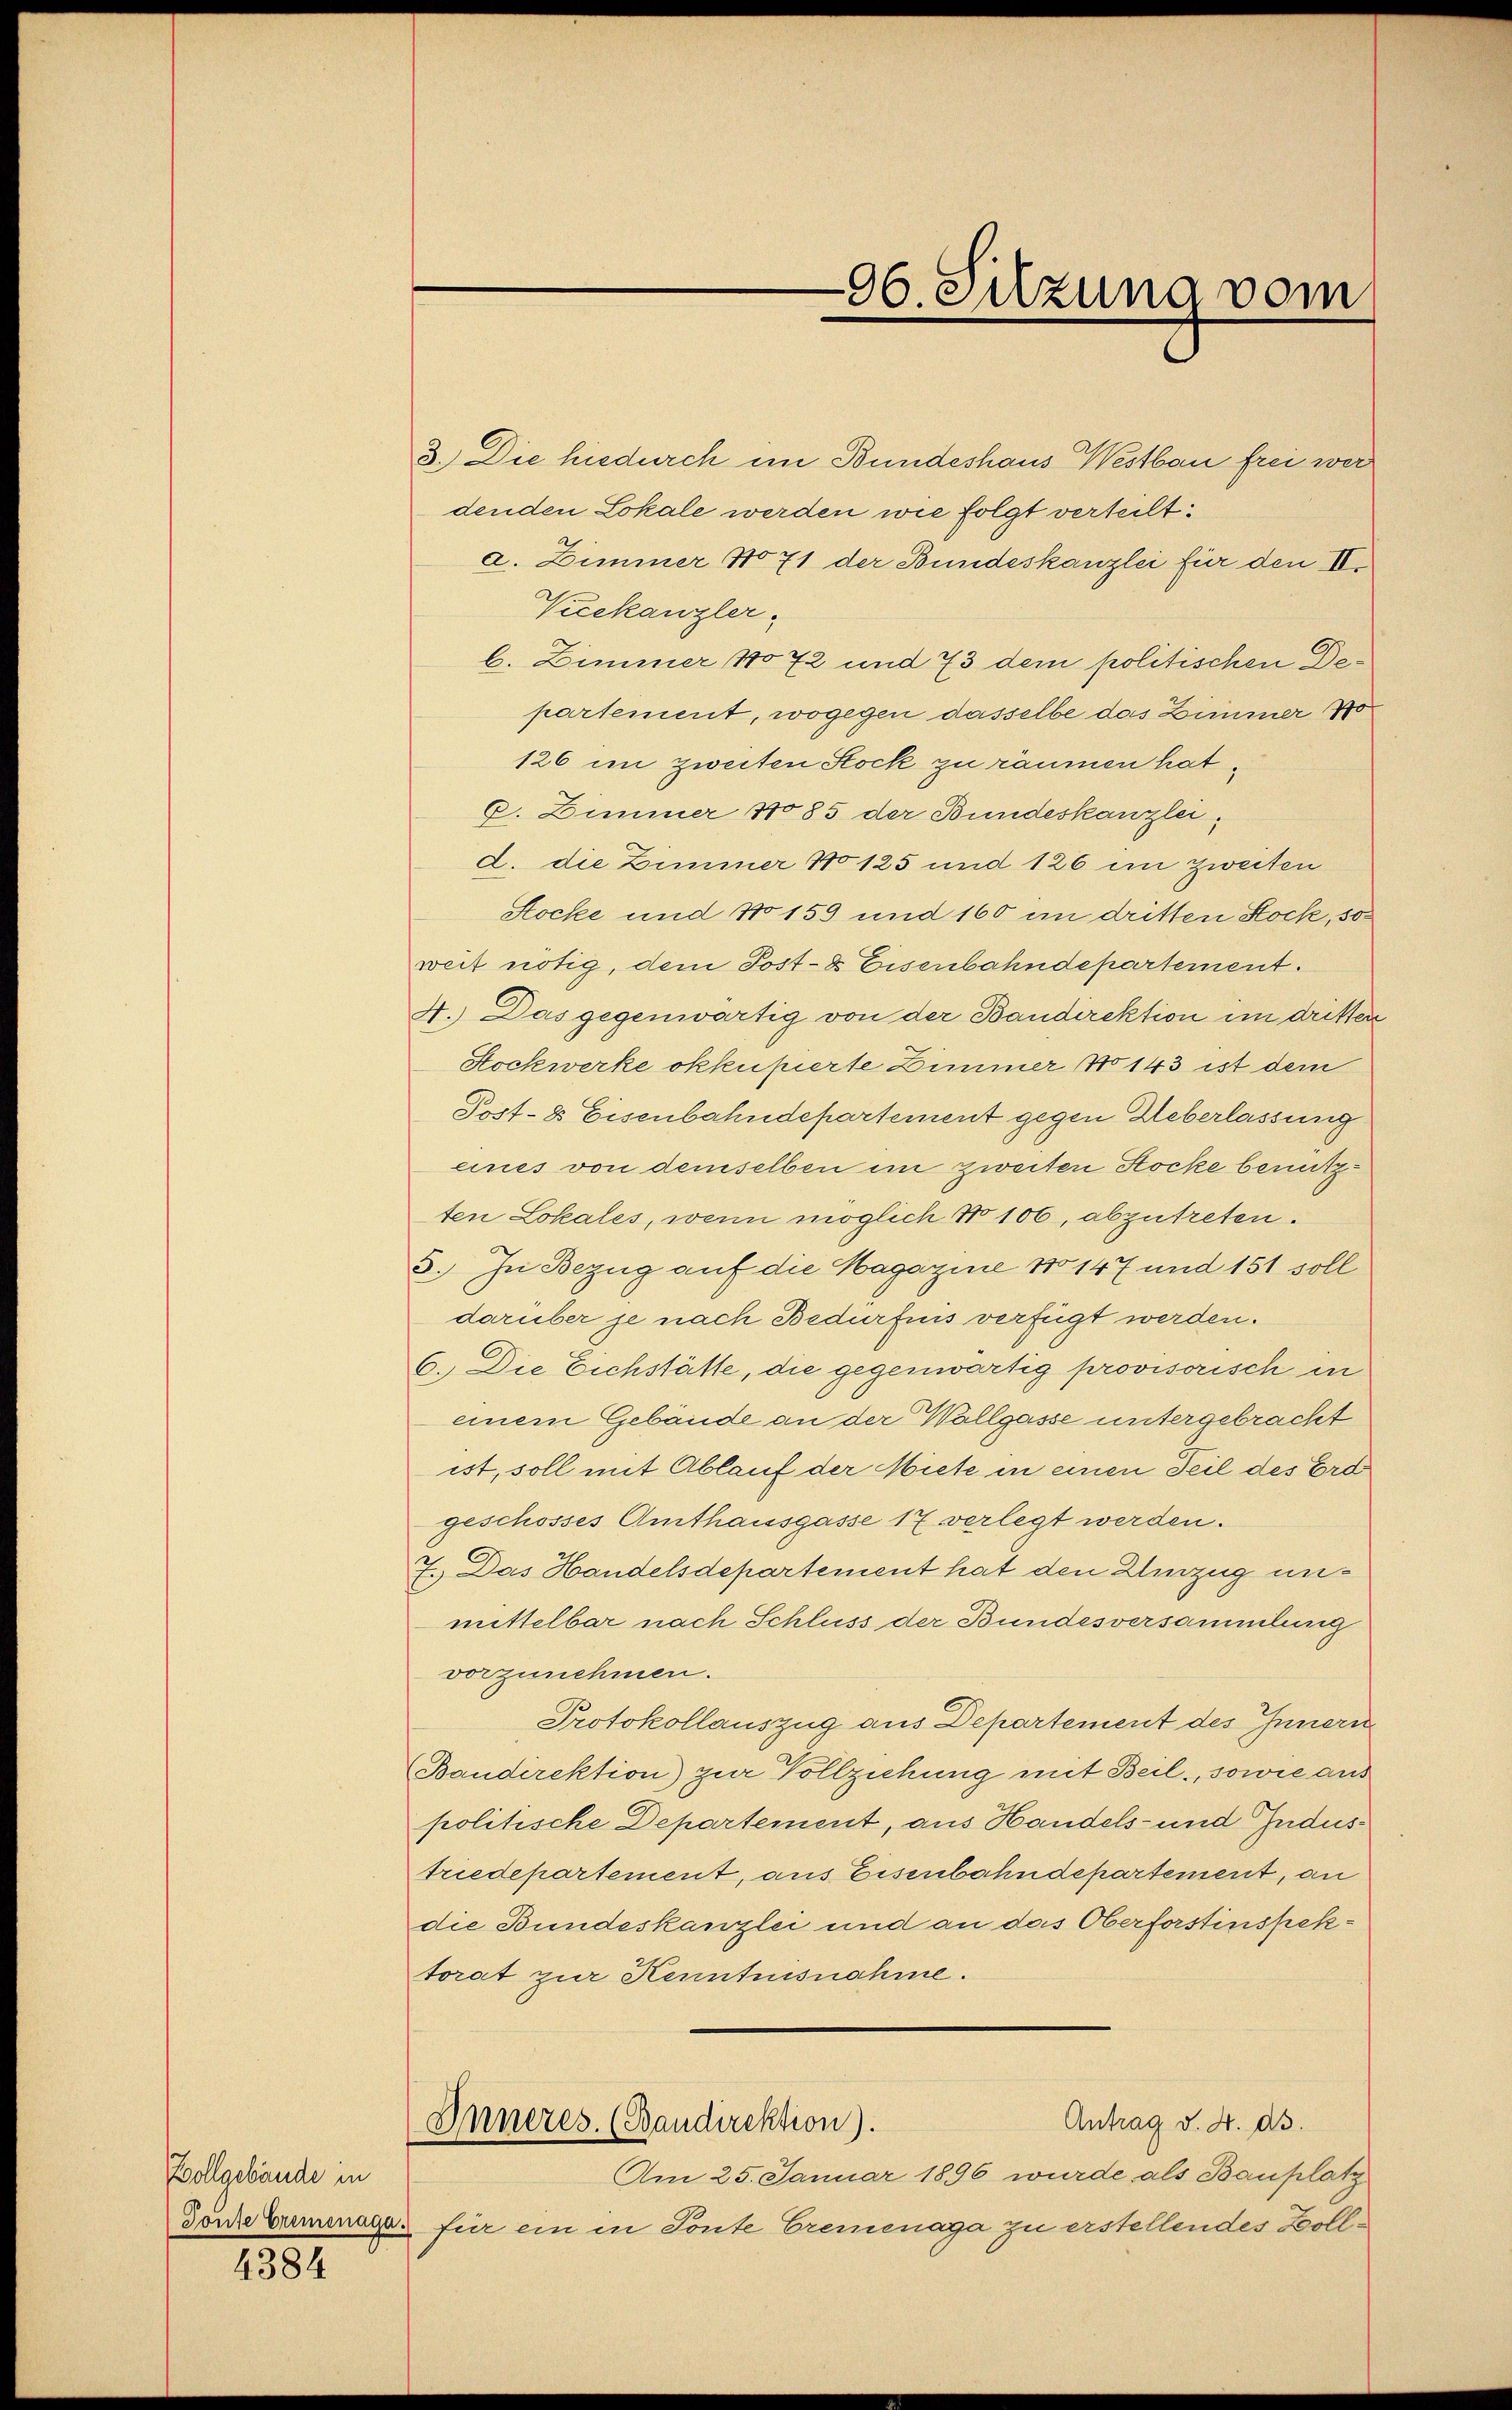
Vollgebäude in

4384

96. Sitzung vom

3. Die hiedurch im Bundeshaus Westbau frei werdenden Lokale werden wie folgt verteilt:
a. Zimmer No 71 der Bundeskanzlei für den II.
Vicekanzler,
b. Zimmer 1072 und 73 dem politischen Departement, wogegen dasselbe das Zimmer 1
126 im zweiten Stock zu räumen hat,
C. Zimmer 1085 der Bundeskanzlei,
d. die Zimmer 1125 und 126 im zweiten
Stocke und 10159 und 160 im dritten Stock, so
weit nötig, dem Post- & Eisenbahndepartement.
4.) Das gegenwärtig von der Bandirektion im dritten
Stockwerke okkupierte Dimmer No 143 ist dem
Post- & Eisenbahndepartement gegen Ueberlassung
eines von demselben im zweiten Stocke benutzten Lokales, wenn möglich No 106, abzutreten.
3. In Bezug auf die Hagazine No 147 und 151 soll
darüber je nach Bedürfnis verfügt werden.
6. Die Eichstätte, die gegenwärtig provisorisch in
einem Gebäude an der Wollgasse untergebracht
ist, soll mit Ablauf der Miete in einen Teil des Erdgeschosses Amthausgasse 17 verlegt werden.
7. Das Handelsdepartement hat den Umzug unmittelbar nach Schluss der Bundesversammlung
vorzunehmen.
Protokollauszug aus Departement des Innern
Bandirektion) zur Vollziehung mit Beil, sowie aus
politische Departement, aus Handels- und Industriedepartement, aus Eisenbahndepartement, an
die Bundeskanzlei und an das Oberforstinspektorat zur Kenntnisnahme.
Antrag d. 4. ds.
Inneres. (Bandirektion).
Am 25. Januar 1896 wurde als Bauplatz
Toute Bremenage für ein in Tonte Cremenaga zu erstellendes Holl¬